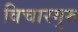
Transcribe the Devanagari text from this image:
विचारगुरु